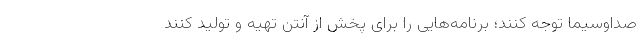
صداوسیما توجه کنند؛ برنامه‌هایی را برای پخش از آنتن تهیه و تولید کنند